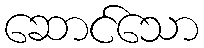
ဆောင်သော